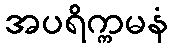
အပရိက္ကမနံ